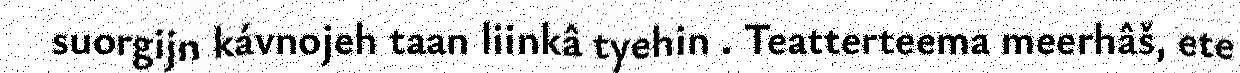
suorgijn kávnojeh taan liinkâ tyehin . Teatterteema meerhâš, ete